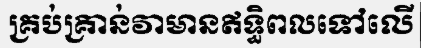
គ្រប់គ្រាន់វាមានឥទ្ធិពលទៅលើ